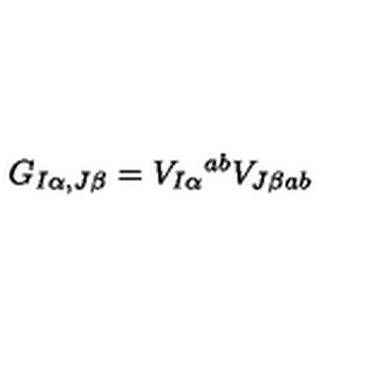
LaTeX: G _ { I \alpha , J \beta } = V _ { I \alpha } { } ^ { a b } V _ { J \beta a b }